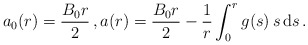
\begin{align*}a_0(r) = \frac{B_0 r}{2}\,, a(r) = \frac{B_0 r}{2} - \frac{1}{r} \int_0^r g(s)\, s\, \mathrm{d}s\,.\end{align*}